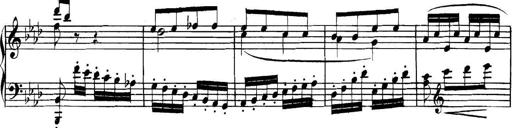
Title: Collected Piano Sonatas
Composer: Muzio Clementi